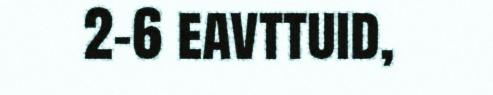
2-6 eavttuid,